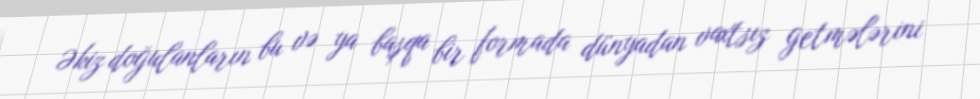
Əkiz doğulanların bu və ya başqa bir formada dünyadan vaxtsız getmələrini